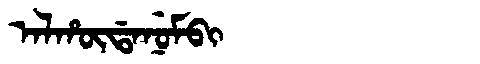
Manchu: ᠠᠯᡥᡡᡩᠠᠨᡠᠮᠪᡳ
Romanization: ALHŪDANUMBI